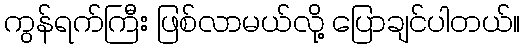
ကွန်ရက်ကြီး ဖြစ်လာမယ်လို့ ပြောချင်ပါတယ်။